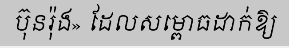
ប៊ុនរ៉ុង» ដែលសម្ពោធដាក់ឱ្យ